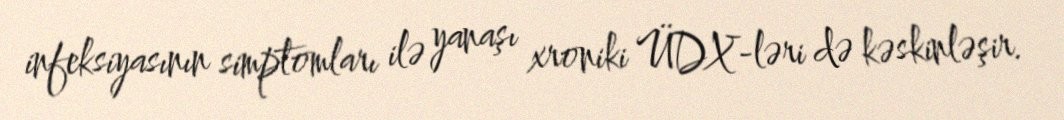
infeksiyasının simptomları ilə yanaşı xroniki ÜDX-ləri də kəskinləşir.